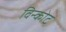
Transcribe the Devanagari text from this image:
विन्कोट